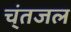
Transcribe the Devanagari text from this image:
च्ंतजल